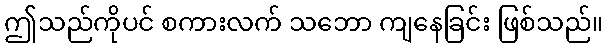
ဤသည်ကိုပင် စကားလက် သဘော ကျနေခြင်း ဖြစ်သည်။